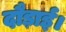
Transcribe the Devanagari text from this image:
दौड़ाई।